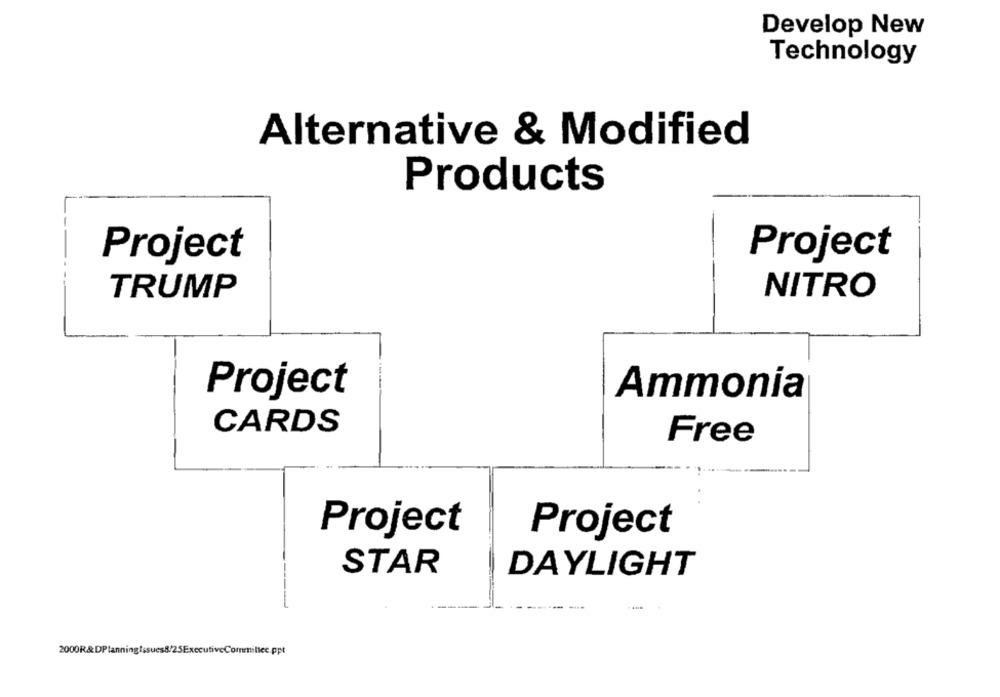
Develop New
Technology
Alternative & Modified
Products
Project
Project
TRUMP
NITRO
Project
Ammonia
CARDS
Free
Project
Project
STAR
DAYLIGHT
2000R&DPlanningIssues8/25ExecutiveCommittee.ppt